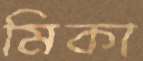
মিকা